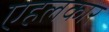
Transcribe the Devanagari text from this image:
एहलकार